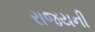
રાજયની